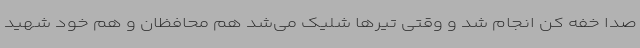
صدا خفه کن انجام شد و وقتی تیرها شلیک می‌شد هم محافظان و هم خود شهید